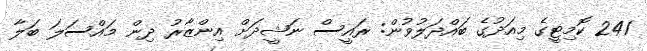
241 ކޮމިޓީގެ މިއަދުގެ ބައްދަލުވުން: ރައީސް ނަޝީދަށް އިންޒާރު ދިން މައްސަލަ ބަލާ